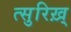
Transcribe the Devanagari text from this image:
त्सुरिख़्